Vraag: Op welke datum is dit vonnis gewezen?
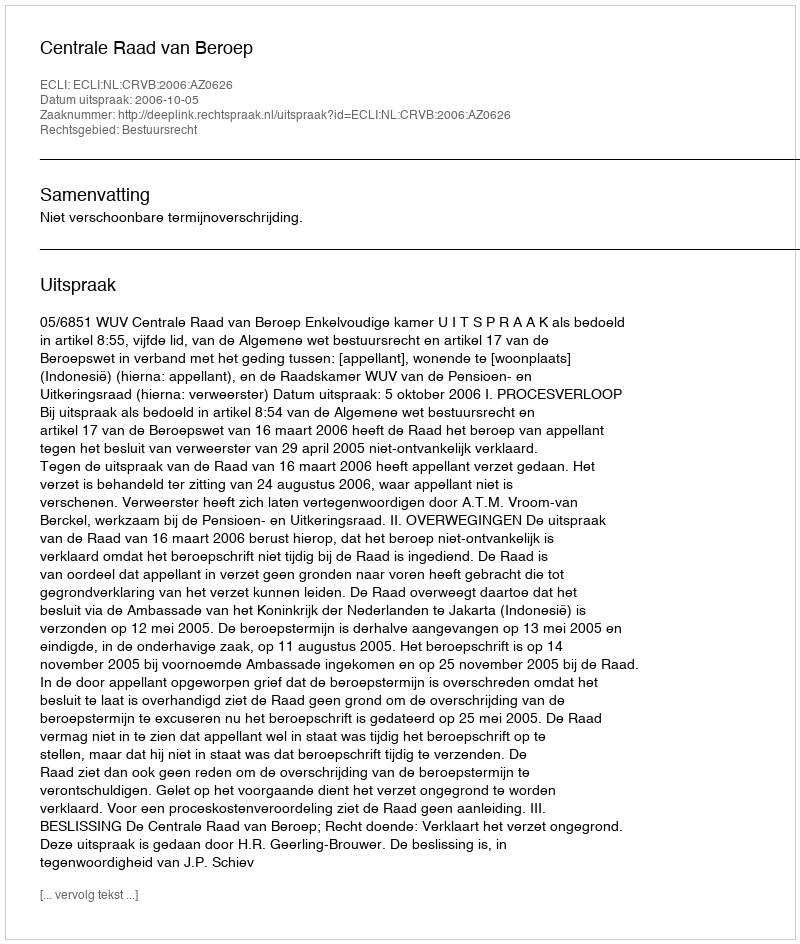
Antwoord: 2006-10-05